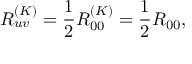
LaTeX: R _ { u v } ^ { ( K ) } = \frac { 1 } { 2 } R _ { 0 0 } ^ { ( K ) } = \frac { 1 } { 2 } R _ { 0 0 } ,